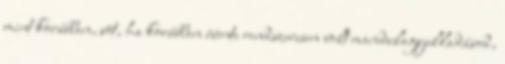
mint korábban, sõt, ha korábban évente rendszeresen volt mandulagyulladásod,